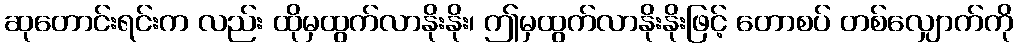
ဆုတောင်းရင်းက လည်း ထိုမှထွက်လာနိုးနိုး၊ ဤမှထွက်လာနိုးနိုးဖြင့် တောစပ် တစ်လျှောက်ကို